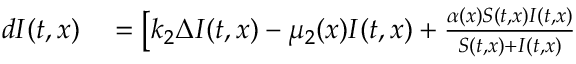
\begin{array} { r l } { d I ( t , x ) } & { { } = \big [ k _ { 2 } \Delta I ( t , x ) - \mu _ { 2 } ( x ) I ( t , x ) + \frac { \alpha ( x ) S ( t , x ) I ( t , x ) } { S ( t , x ) + I ( t , x ) } } \end{array}